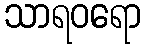
သာရဝရော